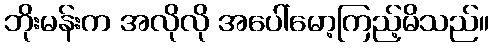
ဘိုးမန်းက အလိုလို အပေါ်မော့ကြည့်မိသည်။